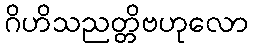
ဂိဟိသညတ္တိဗဟုလော